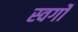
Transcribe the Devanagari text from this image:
स्वर्गो